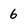
Character: 6